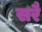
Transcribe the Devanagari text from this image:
सरै